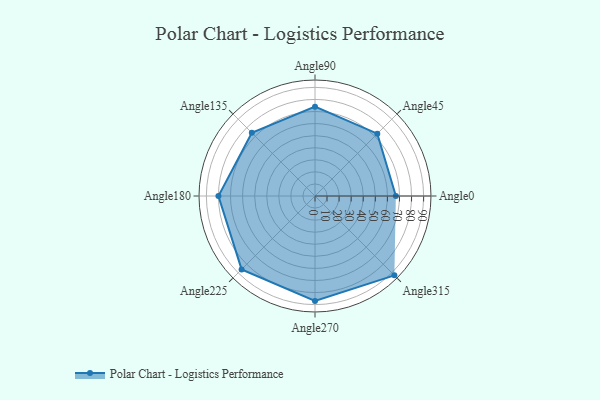
{"axis": {"x": "Angle", "y": "Radius"}, "legend": [""], "data": [{"x": "Angle0", "y": 67.0, "type": ""}, {"x": "Angle45", "y": 73.0, "type": ""}, {"x": "Angle90", "y": 74.0, "type": ""}, {"x": "Angle135", "y": 74.0, "type": ""}, {"x": "Angle180", "y": 80.0, "type": ""}, {"x": "Angle225", "y": 86.0, "type": ""}, {"x": "Angle270", "y": 87.0, "type": ""}, {"x": "Angle315", "y": 93.0, "type": ""}]}